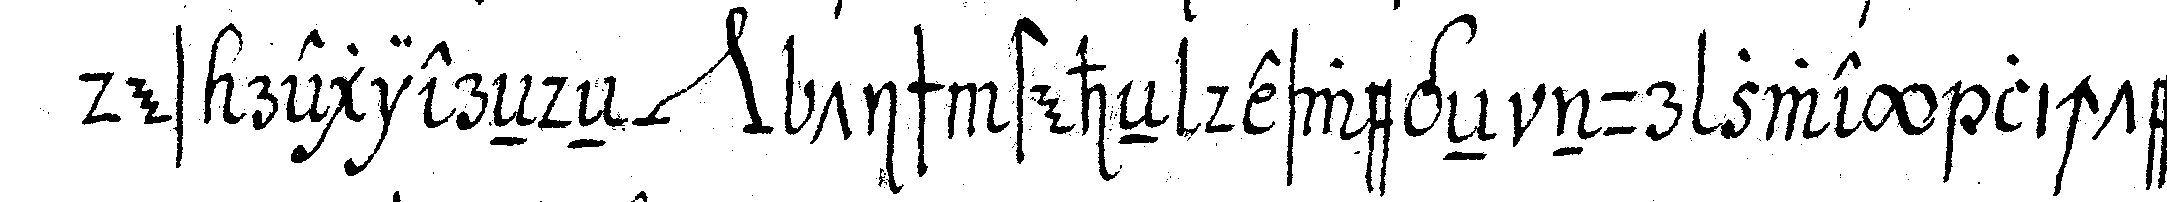
des regiereNdeN *nee* tisch steheN deswegeN nur zwey lichter